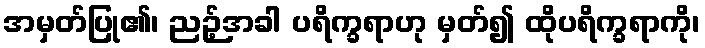
အမှတ်ပြု၏၊ ညဉ့်အခါ ပရိက္ခရာဟု မှတ်၍ ထိုပရိက္ခရာကို၊